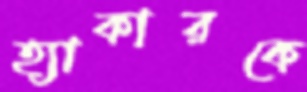
হ্যাকারকে